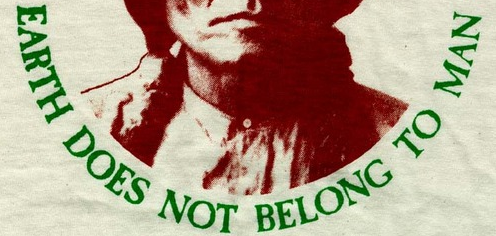
EARTH DOES NOT BELONG TO MAN